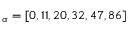
{ \bf \zeta } _ { \alpha } = [ 0 , 1 1 , 2 0 , 3 2 , 4 7 , 8 6 ]